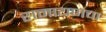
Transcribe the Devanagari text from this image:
रामायणचा